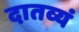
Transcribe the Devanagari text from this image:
दातव्यं